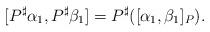
LaTeX: \begin{align*} [P^{\sharp}\alpha_1,P^{\sharp}\beta_1]=P^{\sharp}([\alpha_1,\beta_1]_{P}). \end{align*}